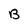
Character: B